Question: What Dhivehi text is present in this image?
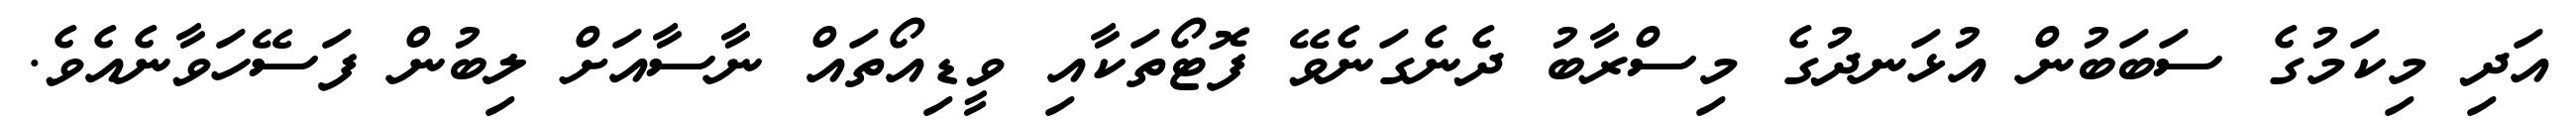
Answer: އަދި މިކަމުގެ ސަބަބުން އުޅަނދުގެ މިސްރާބު ދެނެގަނެވޭ ފޮޓޯތަކާއި ވީޑިއޯތައް ނާސާއަށް ލިބުން ފަސޭހަވާނެއެވެ.